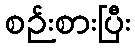
စဉ်းစားပြီး